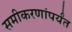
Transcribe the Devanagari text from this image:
समीकरणांपर्यंत